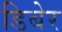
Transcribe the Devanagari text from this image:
डिबेर